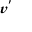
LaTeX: \boldsymbol { v ^ { \prime } }